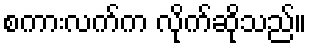
စကားလက်က လိုက်ဆိုသည်။